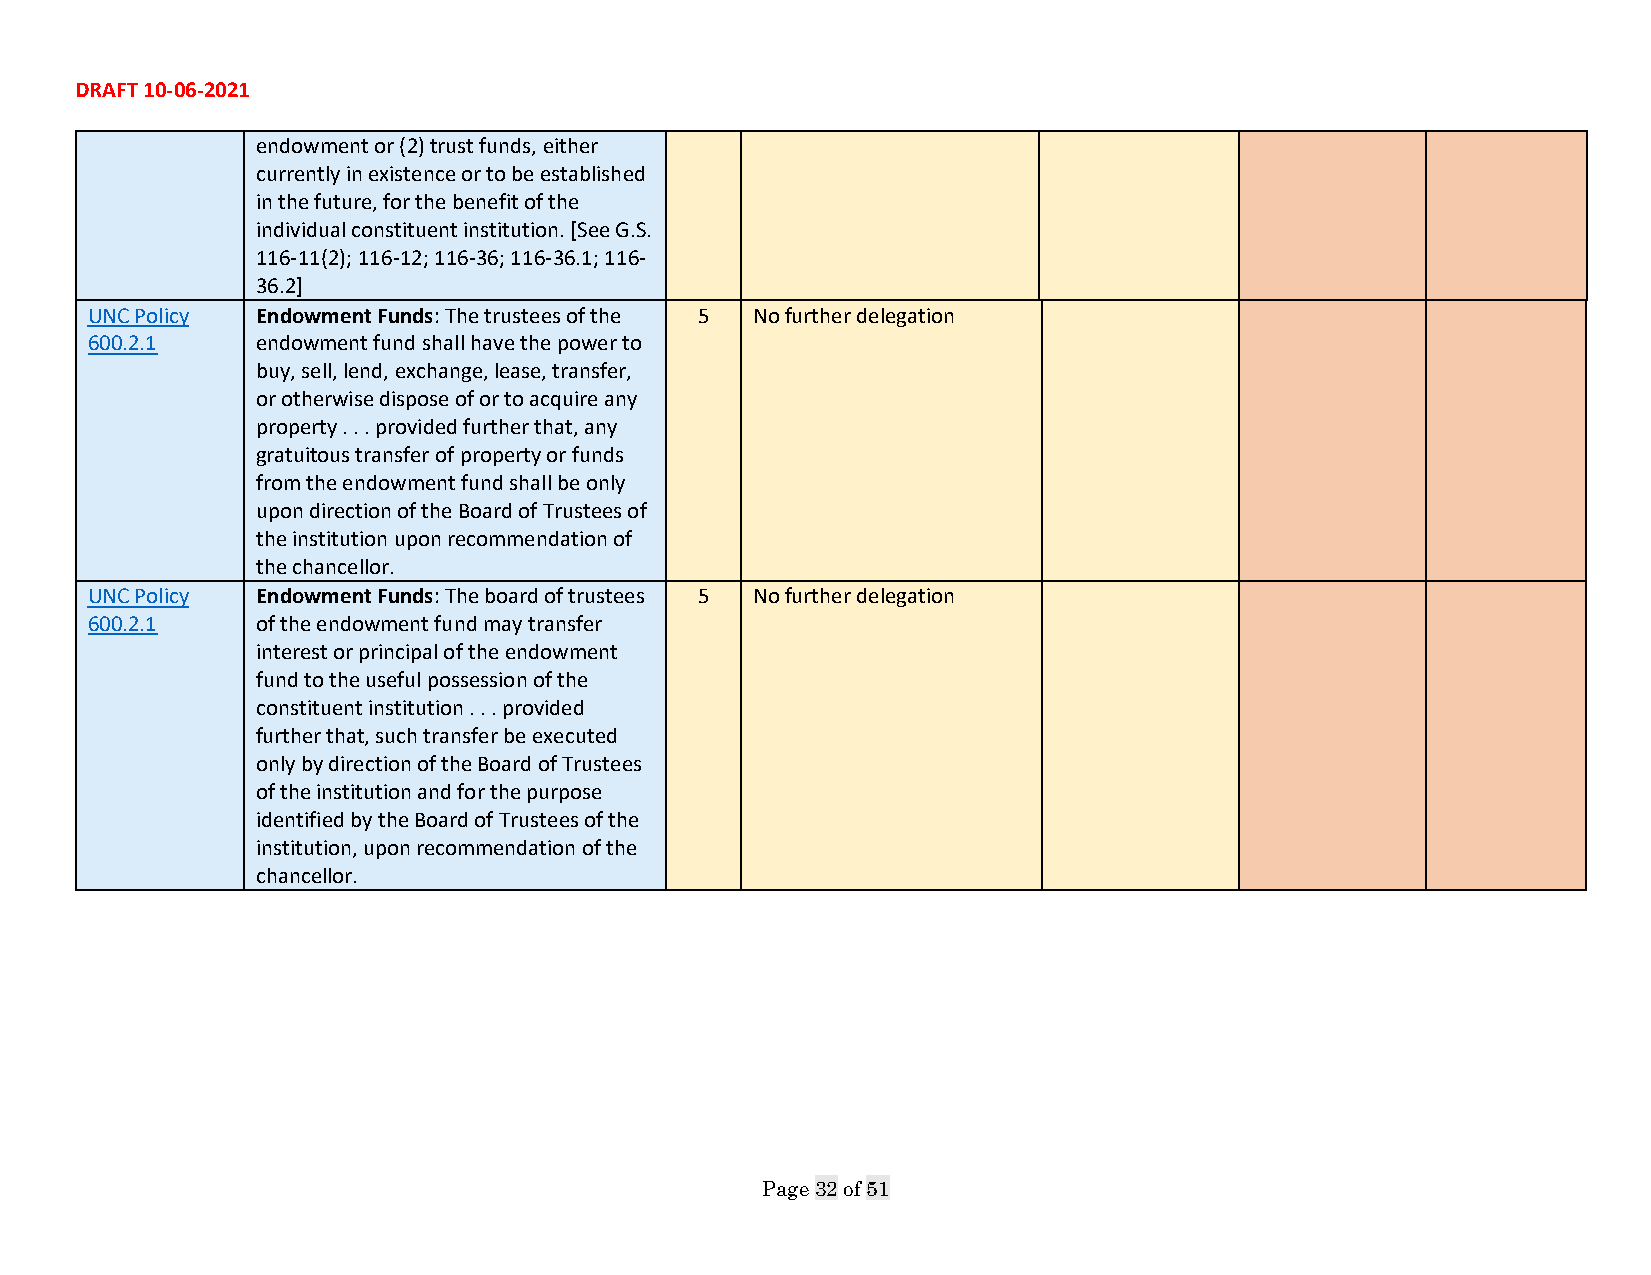
DRAFT 10-06-2021
 endowment or (2) trust funds, either
 currently in existence or to be established
 in the future, for the benefit of the
 individual constituent institution. [See G.S.
 116-11(2); 116-12; 116-36; 116-36.1; 116-
 36.2]
 UNC Policy Endowment Funds: The trustees of the 5 No further delegation
 600.2.1    endowment fund shall have the power to
 buy, sell, lend, exchange, lease, transfer,
 or otherwise dispose of or to acquire any
 property . . . provided further that, any
 gratuitous transfer of property or funds
 from the endowment fund shall be only
 upon direction of the Board of Trustees of
 the institution upon recommendation of
 the chancellor.
 UNC Policy Endowment Funds: The board of trustees 5 No further delegation
 600.2.1    of the endowment fund may transfer
 interest or principal of the endowment
 fund to the useful possession of the
 constituent institution . . . provided
 further that, such transfer be executed
 only by direction of the Board of Trustees
 of the institution and for the purpose
 identified by the Board of Trustees of the
 institution, upon recommendation of the
 chancellor.
 Page 32 of 51